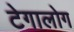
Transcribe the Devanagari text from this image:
टेगालोग